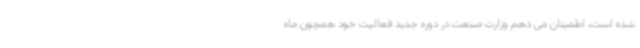
شده است، اطمینان می دهم وزارت صنعت در دوره جدید فعالیت خود همچون ماه